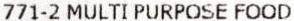
771-2 MULTI PURPOSE FOOD